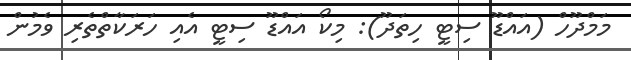
މަމްދޫހް (އައްޑޫ ސިޓީ ހިތަދޫ): މިކޯ އައްޑޫ ސިޓީ އެއި ހަރަކާތްތެރި ވެމުން